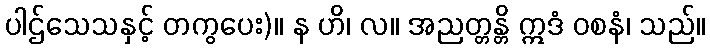
ပါဌ်သေသနှင့် တကွပေး)။ န ဟိ၊ လ။ အညတ္တန္တိ ဣဒံ ဝစနံ၊ သည်။